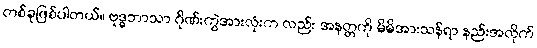
တစ်ခုဖြစ်ပါတယ်။ ဗုဒ္ဓဘာသာ ဂိုဏ်းကွဲအားလုံးက လည်း အနတ္တကို မိမိအားသန်ရာ နည်းအလိုက်